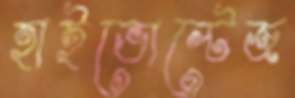
হাইভোল্টেজ